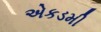
એકડમી